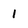
Character: 1